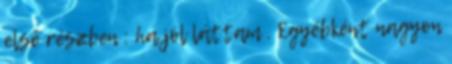
első részben : ha jól láttam . Egyébként nagyon